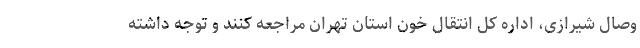
وصال شیرازی، اداره کل انتقال خون استان تهران مراجعه کنند و توجه داشته